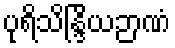
ပုရိသိန္ဒြိယဉာဏံ